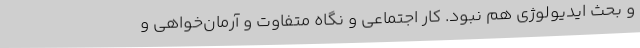
و بحث ایدیولوژی هم نبود. کار اجتماعی و نگاه متفاوت و آرمان‌خواهی و